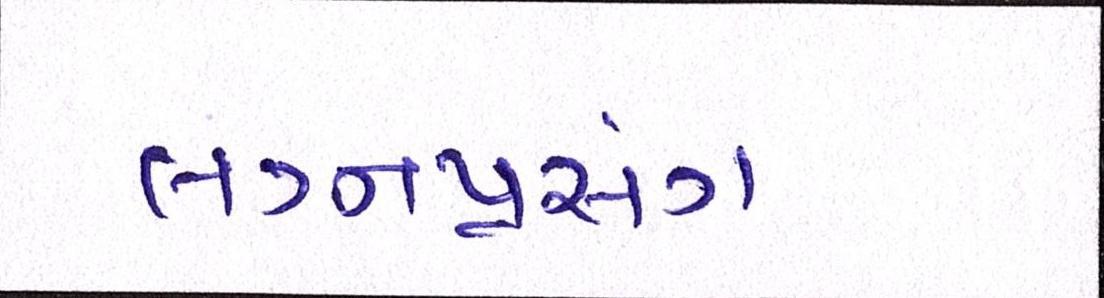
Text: લગ્નપ્રસંગ